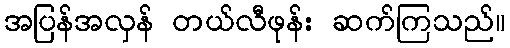
အပြန်အလှန် တယ်လီဖုန်း ဆက်ကြသည်။